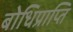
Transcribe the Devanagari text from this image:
बोधिप्राप्ति